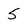
Character: 5